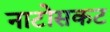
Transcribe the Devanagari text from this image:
नाटोसकट